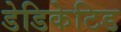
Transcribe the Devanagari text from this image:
डेडिकेटिड